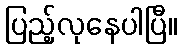
ပြည့်လုနေပါပြီ။